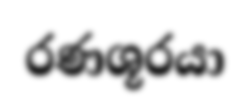
රණශූරයා